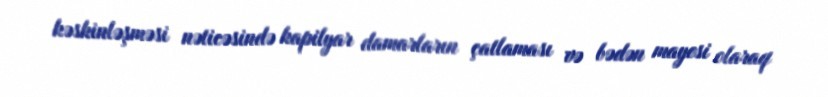
kəskinləşməsi nəticəsində kapilyar damarların çatlaması və bədən mayesi olaraq